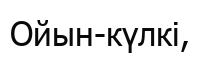
Ойын-күлкi,